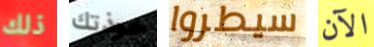
ذلك خوذتك سيطروا الآن